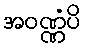
အဝဏ္ဏံပိ